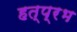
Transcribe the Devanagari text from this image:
हत्प्रभ